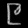
Digit: ၉